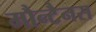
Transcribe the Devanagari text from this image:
मौन्टैनस